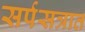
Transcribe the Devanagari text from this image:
सर्पसत्रात